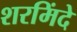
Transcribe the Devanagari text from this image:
शरमिंदे